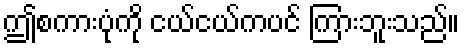
ဤစကားပုံကို ငယ်ငယ်ကပင် ကြားဘူးသည်။